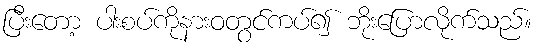
ပြီးတော့ ပါးစပ်ကိုနားဝတွင်ကပ်၍ ဘိုးပြောလိုက်သည်။